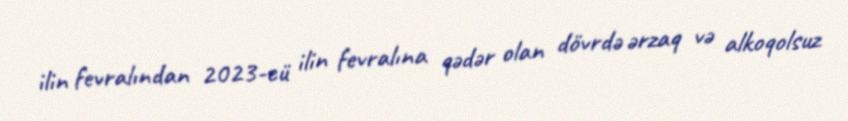
ilin fevralından 2023-cü ilin fevralına qədər olan dövrdə ərzaq və alkoqolsuz